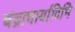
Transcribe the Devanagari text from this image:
चंद्राचार्यादिभि